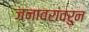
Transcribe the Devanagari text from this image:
जनावरांवरुन